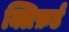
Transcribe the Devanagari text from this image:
क्लिफ़र्ड